system: You are a helpful assistant.
user:
Analyze the provided spectrum to determine if it is a **M-type Giant (gM)**.

A M-type Giant spectrum is defined by its **strong molecular absorption** features, particularly from **Titanium Oxide (TiO)**. You must check for one of the following mutually exclusive signatures:

- **Key Visual Indicators (Absorption-Dominated Spectrum):**

    - **(Primary):** The spectrum is dominated by strong molecular absorption from **Titanium Oxide (TiO)**. This is the **defining feature** of its M-type temperature class.
        - **(Key Bandheads):** Look for sharp, "saw-tooth" absorption valleys. The strongest are located near **~7050 Å**, **~6160 Å**, and **~5170 Å**.
        - **(Line Profile):** The "saw-tooth" morphology is critical: a **sharp, steep drop on the BLUE (short-wavelength) side** of the bandhead, followed by a gradual recovery (rising flux) towards the RED (long-wavelength) side.

    - **(Key Confirmation - Giant vs. Dwarf):** **ABSENCE** of strong **Calcium Hydride (CaH)** molecular bands. This is the primary diagnostic for *excluding* M-dwarfs.
        - **(Key Region):** The spectrum should lack the strong, broad absorption band seen in dwarfs between **~6800 Å and ~7000 Å**.

    - **(Secondary Confirmation - Giant):** A very strong and broad **Neutral Calcium (Ca I)** atomic absorption line.
        - **(Key Line):** Located at **~4226 Å**. In a giant (gM), this line is significantly deeper and broader than the same line in an M-dwarf (dM) due to low surface gravity.

    - **(Overall Spectrum):**
        - The continuum is **extremely red-sloping** (i.e., flux is very low in the blue and rises dramatically towards the red).
        - The entire spectrum appears "chopped up" by the deep TiO bands.

Think first, call **spectral_visualization_tool** if needed to examine features in detail, then provide your final answer. Your response must adhere to the following strict rules:
1.  **Overall Structure:** Your response must follow the format `<think>...</think> <tool_call>...</tool_call> (if a tool is used) <answer>...</answer>`.
2.  **Tool Usage Constraint:** You may only make **one** tool call per turn.
3.  **Final Answer Format:** In the `<answer>` tag, your conclusion must be inside a `\boxed{}` command (e.g., `\boxed{YES}` or `\boxed{NO}`), followed by your justification.

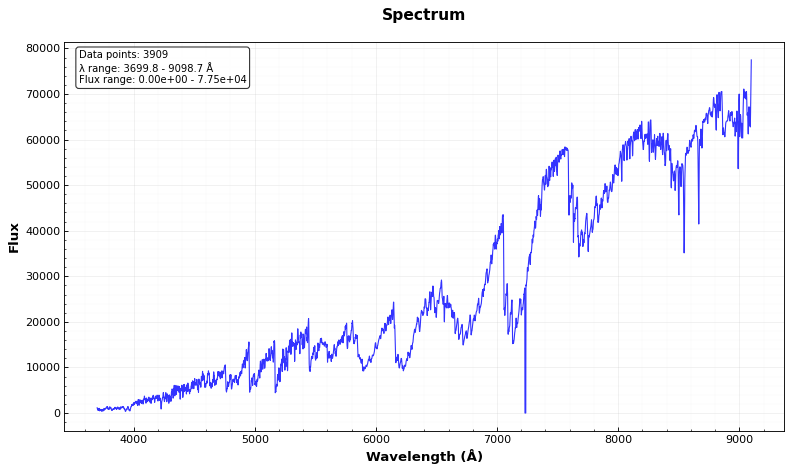
Answer: YES